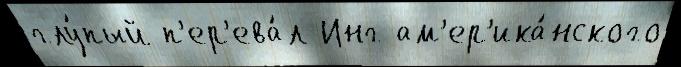
глу́пый п'ер'ева́л Инг ам'ер'ика́нского